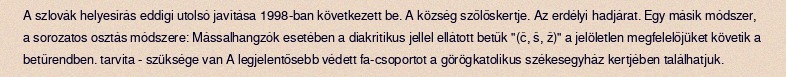
A szlovák helyesírás eddigi utolsó javítása 1998-ban következett be. A község szőlőskertje. Az erdélyi hadjárat. Egy másik módszer, a sorozatos osztás módszere: Mássalhangzók esetében a diakritikus jellel ellátott betűk "(č, š, ž)" a jelöletlen megfelelőjüket követik a betűrendben. tarvita - szüksége van A legjelentősebb védett fa-csoportot a görögkatolikus székesegyház kertjében találhatjuk.